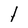
Character: l